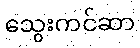
သွေးကင်ဆာ